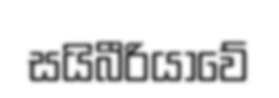
සයිබීරියාවේ